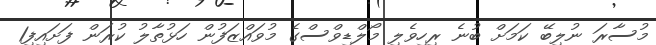
މުސާރަ ނުލިބޭ ކަމަށް ބުނެ ރިހިވެލި މޯލްޑިވްސްގެ މުވައްޒަފުން ހަޅުތާލު ކުރަން ފަށައިފި1